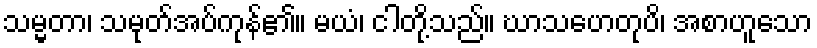
သမ္မတာ၊ သမုတ်အပ်ကုန်၏။ မယံ၊ ငါတို့သည်။ ဃာသဟေတုပိ၊ အစာဟူသော